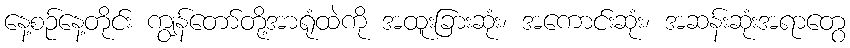
နေ့စဉ်နေ့တိုင်း ကျွန်တော်တို့အာရုံထဲကို အထူးခြားဆုံး၊ အကောင်းဆုံး၊ အဆန်းဆုံးအရာတွေ